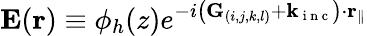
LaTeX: \mathbf{E}(\mathbf{r})\equiv\phi_{h}(z)e^{-i\left(\mathbf{G}_{(i,j,k,l)}+\mathbf{k}_{\mathrm{~i~n~c~}}\right)\cdot\mathbf{r}_{\| }}